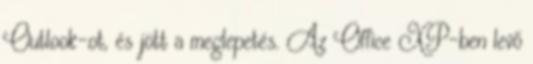
Outlook-ot, és jött a meglepetés. Az Office XP-ben levő